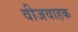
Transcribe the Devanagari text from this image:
वीजवाहक